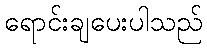
ရောင်းချပေးပါသည်